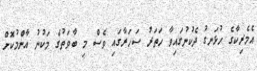
އެމެރިކާގެ ހުޅަނގު ދެކުނުގައިވާ ހަތަރު ސަހަރާގައި ވެސް މި ބާވަތުގެ މަކުނު އާންމުކޮށް